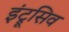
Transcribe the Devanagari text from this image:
इंट्रूसिव